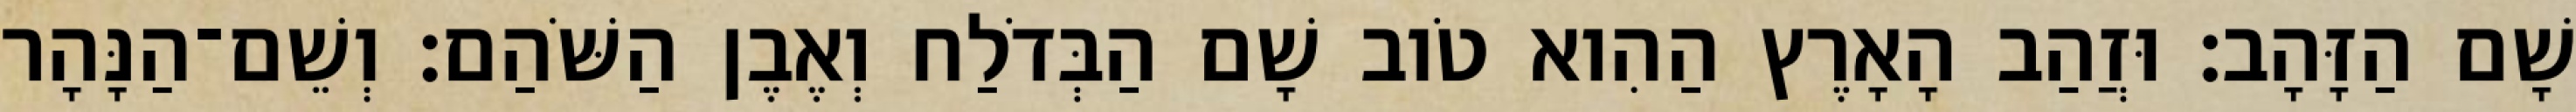
שָׁם הַזָּהָב׃ וּזֲהַב הָאָרֶץ הַהִוא טֹוב שָׁם הַבְּדֹלַח וְאֶבֶן הַשֹּׁהַם׃ וְשֵׁם־הַנָּהָר